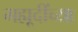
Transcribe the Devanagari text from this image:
मह्मूदींच्या